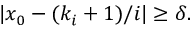
\quad | x _ { 0 } - ( k _ { i } + 1 ) / i | \geq \delta .